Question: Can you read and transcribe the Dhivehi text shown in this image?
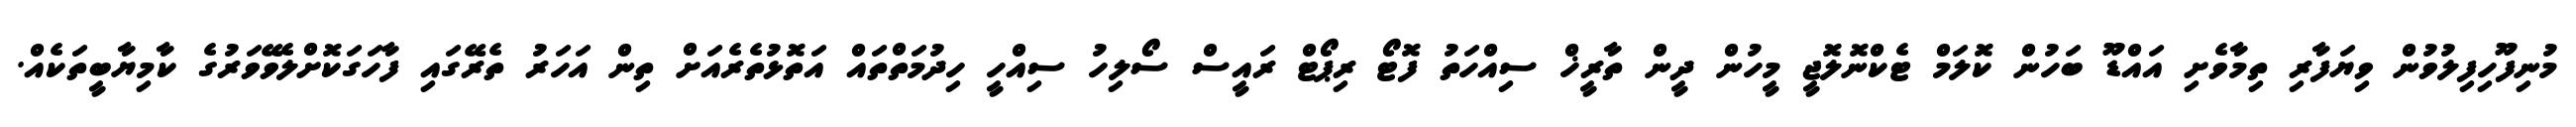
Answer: މުނިފޫހިފިލުވުން ވިޔަފާރި ތިމާވެށި އައްޑޫ ބަހުން ކޮލަމް ޓެކްނޮލޮޖީ މީހުން ދީން ތާރީޚް ސިއްހަތު ފޮޓޯ ރިޕޯޓް ރައީސް ސޯލިހު ސިއްހީ ހިދުމަތްތައް އަތޮޅުތެރެއަށް ތިން އަހަރު ތެރޭގައި ފާހަގަކޮށްލެވޭވަރުގެ ކާމިޔާބީތަކެއް.